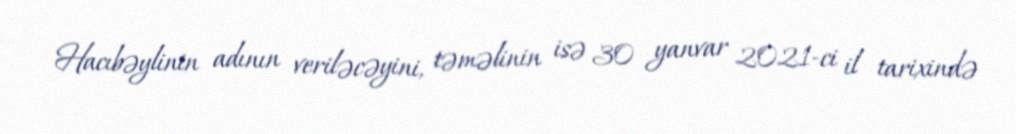
Hacıbəylinin adının veriləcəyini, təməlinin isə 30 yanvar 2021-ci il tarixində